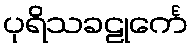
ပုရိသခဠုင်္ကေ